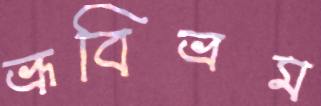
ভ্রূবিভ্রম